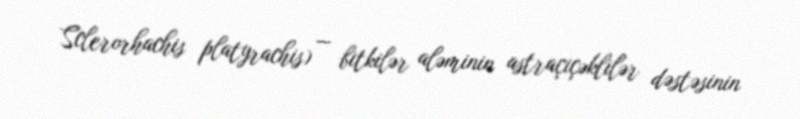
Sclerorhachis platyrachis) — bitkilər aləminin astraçiçəklilər dəstəsinin